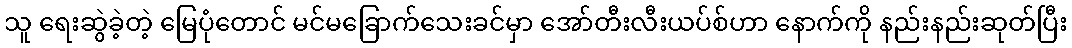
သူ ရေးဆွဲခဲ့တဲ့ မြေပုံတောင် မင်မခြောက်သေးခင်မှာ အော်တီးလီးယပ်စ်ဟာ နောက်ကို နည်းနည်းဆုတ်ပြီး